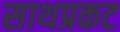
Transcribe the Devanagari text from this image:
साथप्रकट